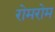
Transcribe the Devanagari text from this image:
रोमरोम